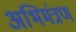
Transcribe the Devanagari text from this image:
अभिमंत्रण